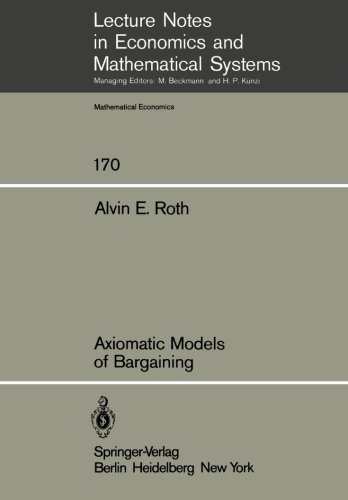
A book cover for Axiomatic Models of Bargaining (Lecture Notes in Economics and Mathematical Systems) (Volume 170); A.E. Roth; Business & Money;